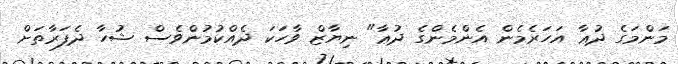
މަންމަގެ ދުޢާ އަހަރެމެން އެންމެންގެ ދުޢާ" ނިޔާޒް ވާހަކަ ދެއްކުމުންވެސް ޝުހާ ދެފަރާތަށް